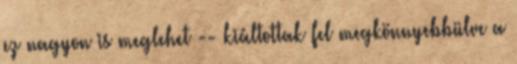
ez nagyon is meglehet -- kiáltottak fel megkönnyebbülve a